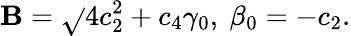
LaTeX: \mathbf{B}=\sqrt{}{{4c_{2}^{2}+c_{4}\gamma_{0}}},\ \beta_{0}=-c_{2}.